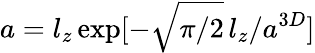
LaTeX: a=l_{z}\exp[-\sqrt{\pi/2}\, l_{z}/a^{3D}]